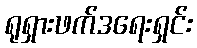
ရုရှားဖက်ဒရေးရှင်း